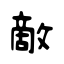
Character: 敵